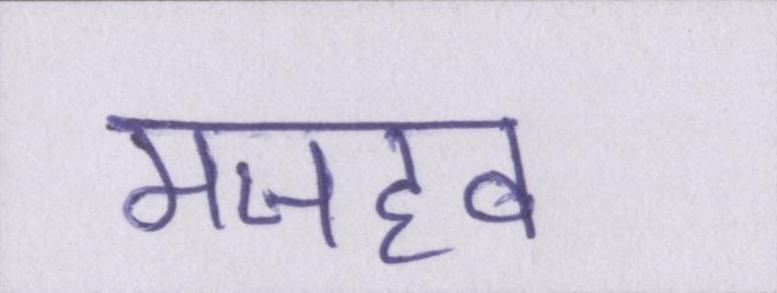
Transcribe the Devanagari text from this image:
मजहब